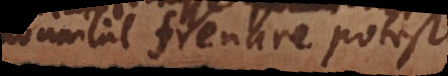
nonnihil frenare potest.